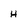
Character: H